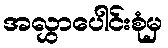
အလွှာပေါင်းစုံမှ